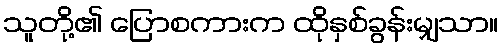
သူတို့၏ ပြောစကားက ထိုနှစ်ခွန်းမျှသာ။